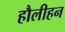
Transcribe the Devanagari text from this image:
हौलीहन